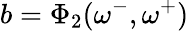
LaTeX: b=\Phi_{2}(\omega^{-},\omega^{+})